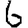
Digit: 6